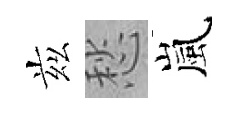
兹愁嵐